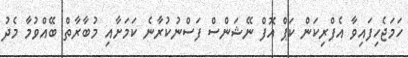
ހަމަޖެހިފައިވާ އެފްރިކަން ކަޕް އޮފް ނޭޝަންސް ފަސްނުކުރާނެ ކަމަށާއި މުބާރާތް ބޭއްވުމާ މެދު